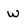
Character: w